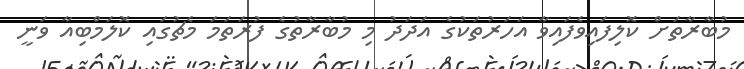
މުބާރާތަށް ކޮލިފައިވެފައިވާ އަހަރުތަކުގެ އަދަދު މި މުބާރާތުގެ ފުރަތަމަ މެޗުގައި ކޮލަމްބިއާ ވަނީ